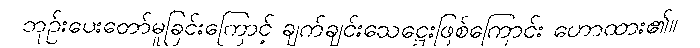
ဘုဉ်းပေးတော်မူခြင်းကြောင့် ချက်ချင်းသေဋ္ဌေးဖြစ်ကြောင်း ဟောထား၏။